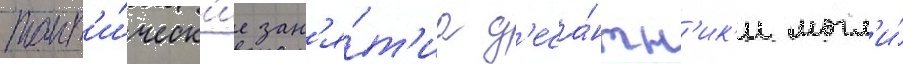
такт'и́ческ'ие зан'я́т'иа д'еса́нтн'ик'и могл'и́